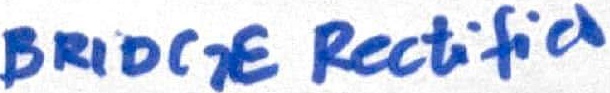
Text: BRIDGE Rectifier